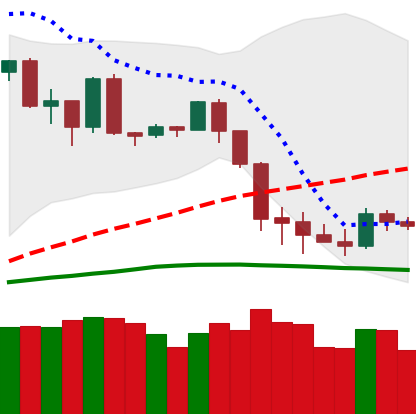
Ticker: BTC-USD
Chart end date: 2020-03-04
Forward return: -9.498%
Label: down_7plus